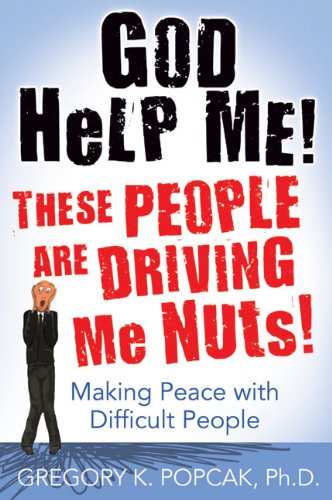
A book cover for God Help Me! These People Are Driving Me Nuts!: Making Peace with Difficult People; Gregory K. Popcak PhD; Christian Books & Bibles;